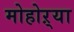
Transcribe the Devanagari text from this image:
मोहोऱ्या